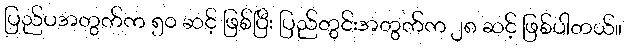
ပြည်ပအတွက်က ၅၀ ဆင့် ဖြစ်ပြီး ပြည်တွင်းအတွက်က ၂၈ ဆင့် ဖြစ်ပါတယ်။